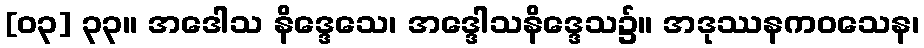
[၀၃] ၃၃။ အဒေါသ နိဒ္ဒေသေ၊ အဒ္ဒေါသနိဒ္ဒေသ၌။ အဒုဿနကဝသေန၊